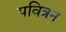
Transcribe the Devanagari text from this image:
पवित्रन